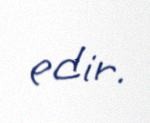
edir.